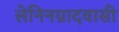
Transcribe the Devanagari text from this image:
लेनिनग्रादवासी